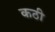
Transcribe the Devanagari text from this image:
कठी